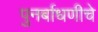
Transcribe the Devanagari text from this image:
पुनर्बाधणीचे